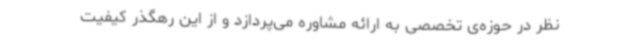
نظر در حوزه‌ی تخصصی به ارائه مشاوره می‌پردازد و از این رهگذر کیفیت